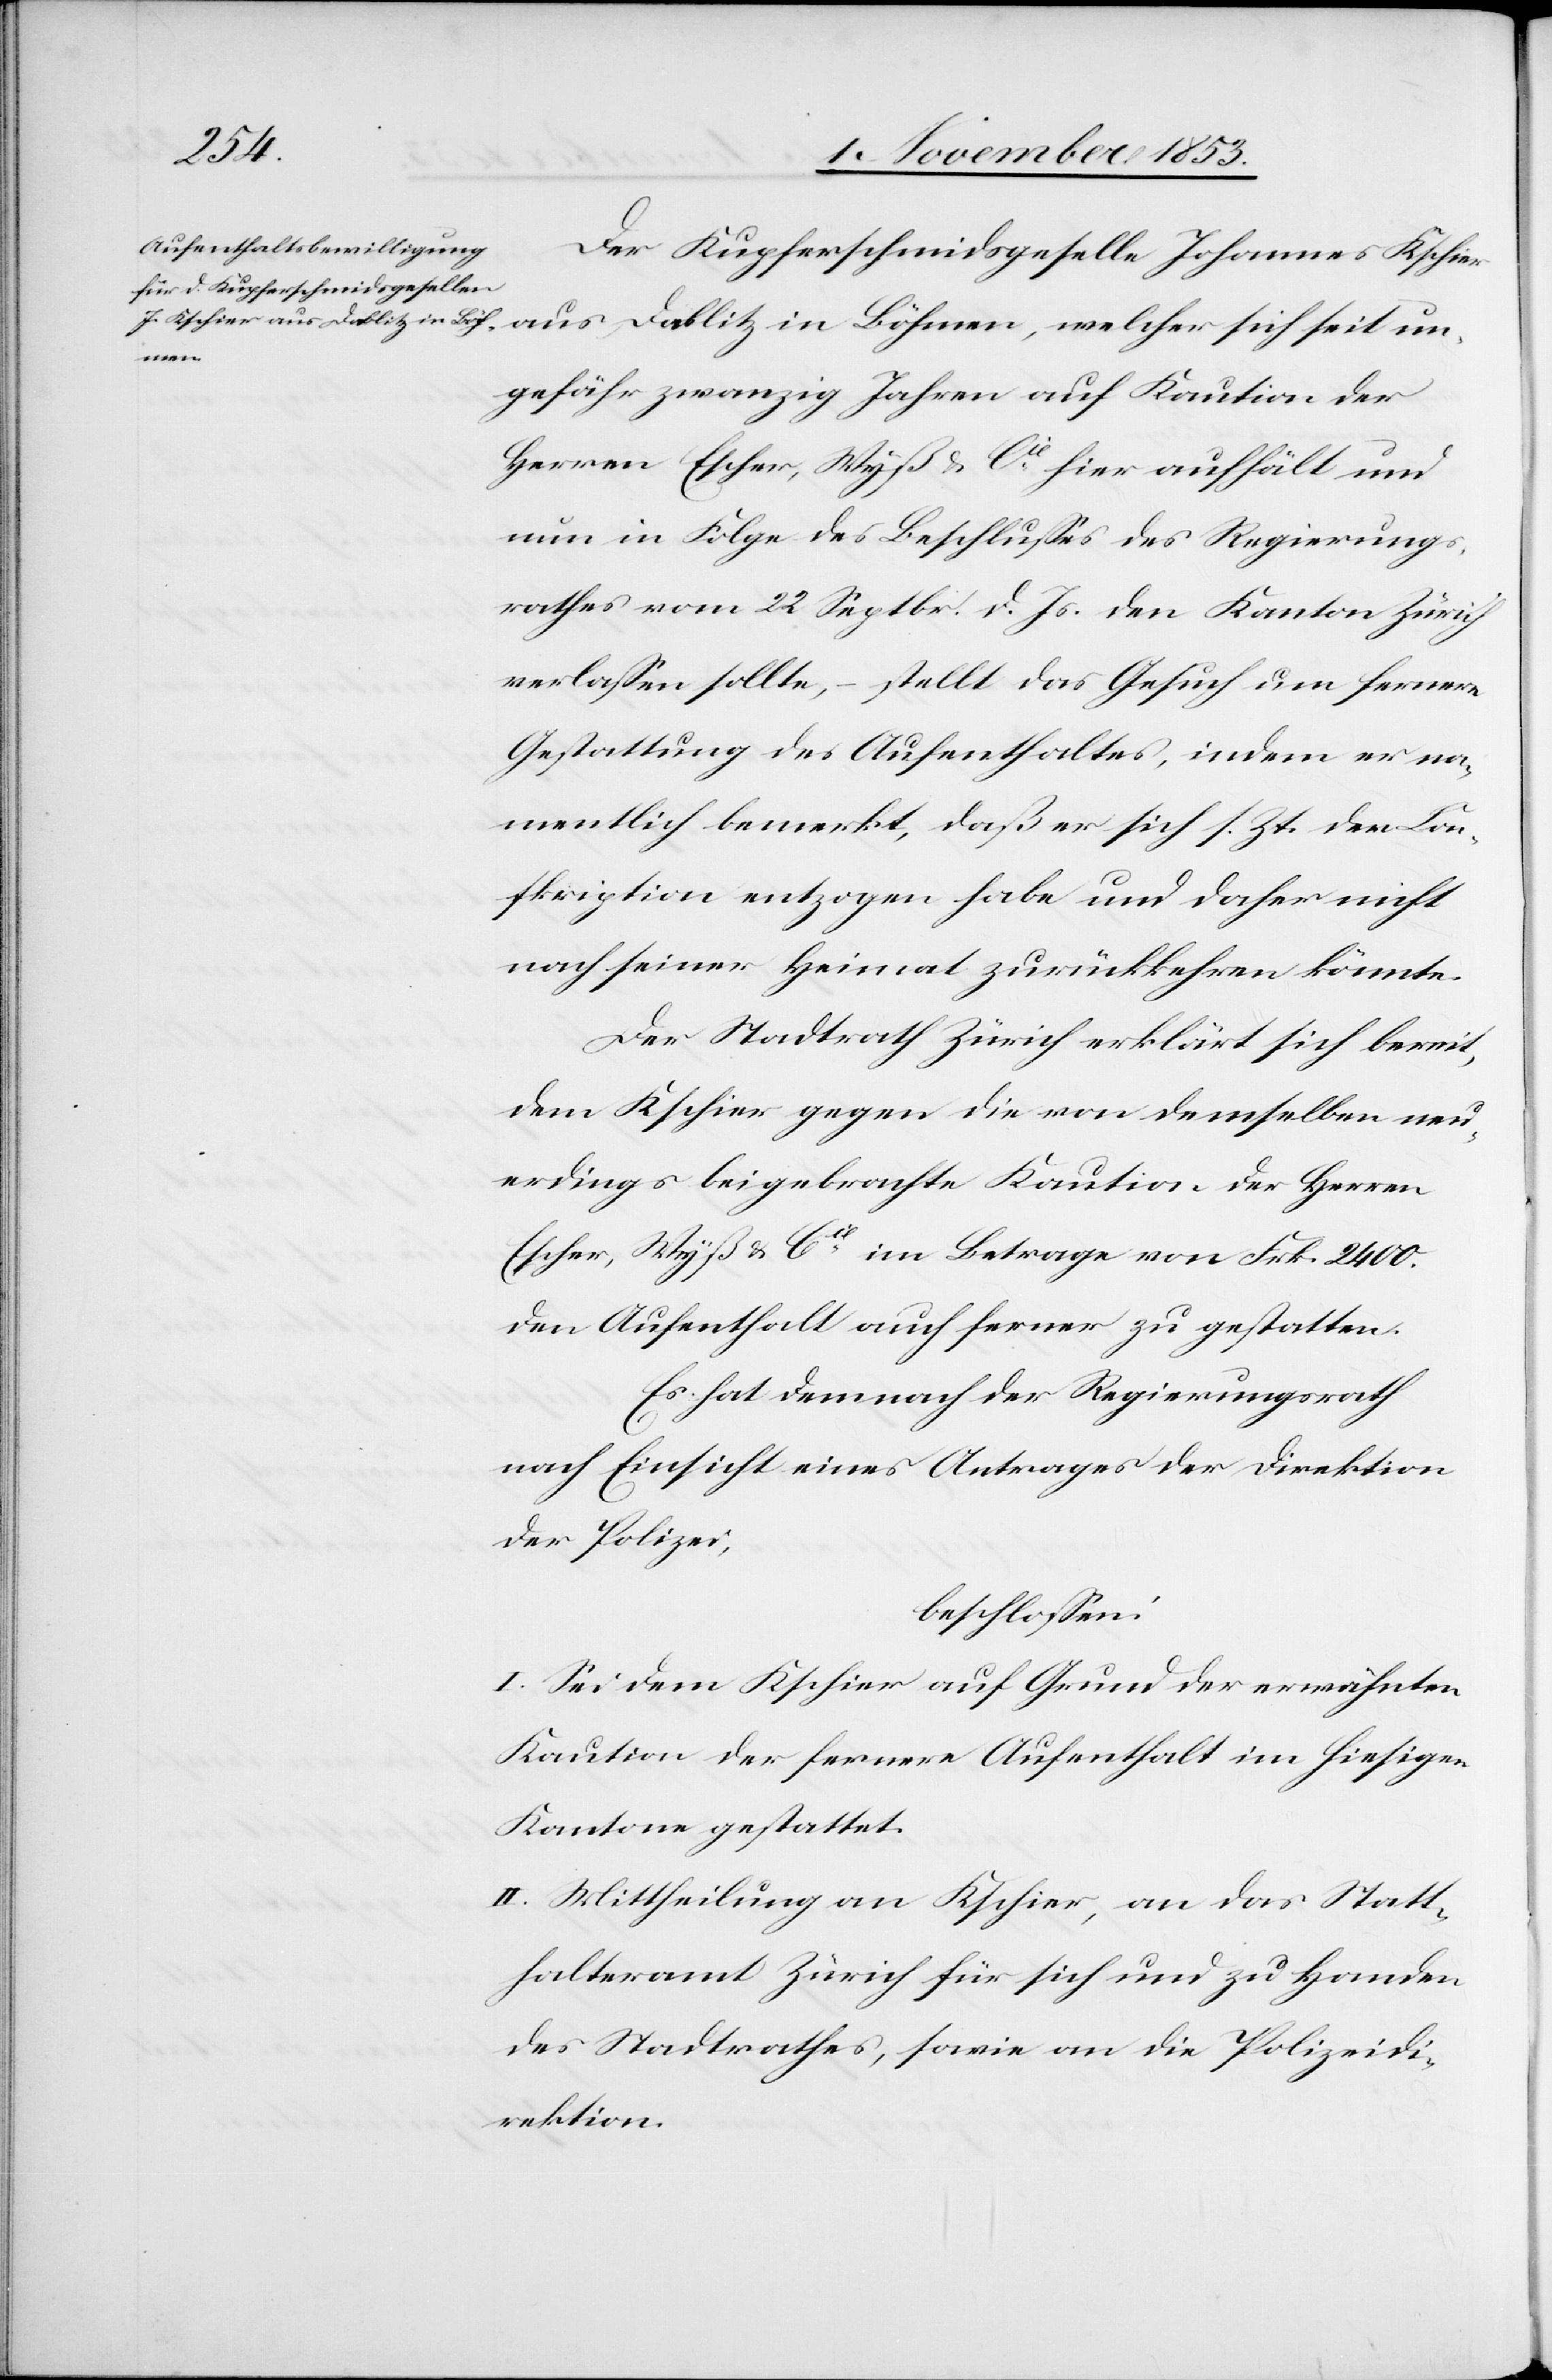
Kaution der

Der Kupferschmidsgeselle Johannes Kschier
aus Dablitz in Böhmen, welcher seit ungefähr z¬
Herren Escher, Wyß u. Cié hier aufhält und
nun in Folge des Beschlußes des Regierungs¬
rathes vom 23 September d. Js. den Kanton Zürich
verlaßen solle, – stellt das Gesuch um fernere
Gestattung des Aufenthaltes, indem er na¬
mentlich bemerkt, daß er sich s. Zt. der Con¬
skription entzogen habe und daher nicht
nach seiner Heimat zurückkehren könnte.
Der Stadtrath Zürich erklärt sich bereit,
dem Kschier gegen die von demselben neu¬
erdings beigebrachte Kaution der Herren
Escher, Wyß u. Cie im Betrage von Frk. 2400.
den Aufenthalt auf ferner zu gestatten.
Es hat demnach der Regierungsrath
nach Einsicht eines Antrages der Direktion
der Polizei,
beschloßen:
I. Sei dem Kschier auf Grund der erwähnten
Kaution der fernere Aufenthalt im hiesigen
Kanton gestattet.
II. Mittheilung an Kschier, an das Statt¬
halteramt Zürich für sich und zu Handen
des Stadtrathes, sowie an die Polizeidi¬
rektion.